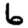
Digit: 6